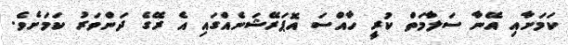
ކަމަށާއި އޭނާ ސަލާމަތް ކުރީ ހާއްސަ އޮޕަރޭޝަނެއްގައި އެ ރޭގެ ދަންވަރު ކަމަށެވެ.